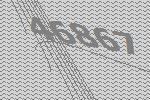
46867